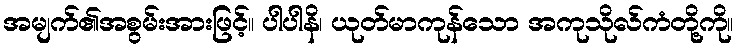
အမျက်၏အစွမ်းအားဖြင့်။ ပါပါနိ၊ ယုတ်မာကုန်သော အကုသိုလ်ကံတို့ကို။